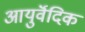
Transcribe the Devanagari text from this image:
आयुर्वॆदिक